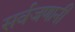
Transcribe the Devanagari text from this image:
सर्वजणानी